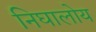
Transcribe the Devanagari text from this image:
निघालोय